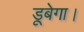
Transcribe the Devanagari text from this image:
डूबेगा।